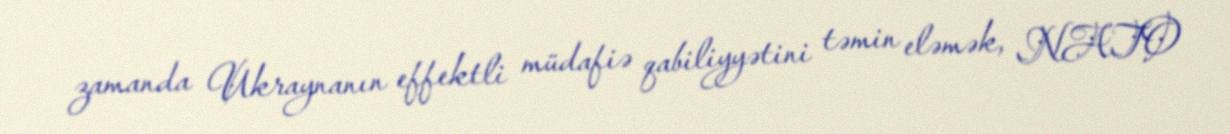
zamanda Ukraynanın effektli müdafiə qabiliyyətini təmin eləmək, NATO